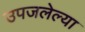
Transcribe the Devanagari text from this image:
उपजलेल्या